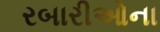
રબારીઓના